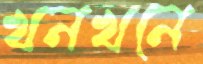
খনখনে